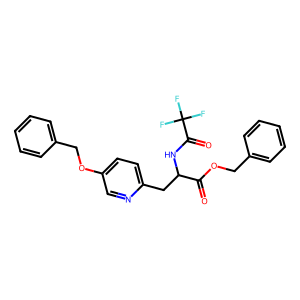
SMILES: O=C(OCc1ccccc1)C(Cc1ccc(OCc2ccccc2)cn1)NC(=O)C(F)(F)F
Inhibits HIV replication: No